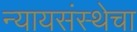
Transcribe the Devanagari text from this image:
न्यायसंस्थेचा